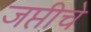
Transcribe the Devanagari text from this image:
जप्तीचे